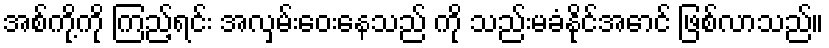
အစ်ကို့ကို ကြည့်ရင်း အလှမ်းဝေးနေသည် ကို သည်းမခံနိုင်အောင် ဖြစ်လာသည်။